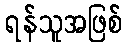
ရန်သူအဖြစ်